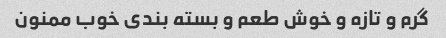
گرم و تازه و خوش طعم و بسته بندی خوب ممنون